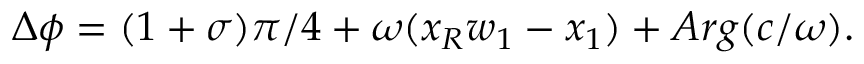
\Delta \phi = ( 1 + \sigma ) \pi / 4 + \omega ( x _ { R } w _ { 1 } - x _ { 1 } ) + A r g ( c / \omega ) .